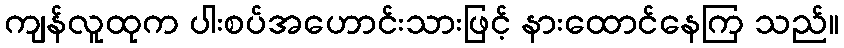
ကျန်လူထုက ပါးစပ်အဟောင်းသားဖြင့် နားထောင်နေကြ သည်။